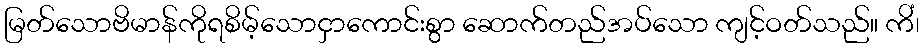
မြတ်သောဗိမာန်ကိုရစိမ့်သောငှာကောင်းစွာ ဆောက်တည်အပ်သော ကျင့်ဝတ်သည်။ ကိံ၊